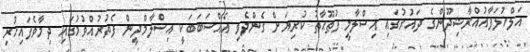
އަލްޚުލަފާއުއްރާޝިދޫންގެ ދައުރުގައި އިސްލާމީ ފުޠޫޙާތު ކުރިޔަށް ގެންދެވި އެއްސަބަބަކީ އިސްލާމްދީން ފެތުރުއްވުމުގައި ދިމާވެފައިހުރި